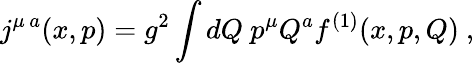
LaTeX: j^{\mu\, a}(x,p)=g^{2}\int dQ\ p^{\mu}Q^{a}f^{(1)}(x,p,Q)\ ,